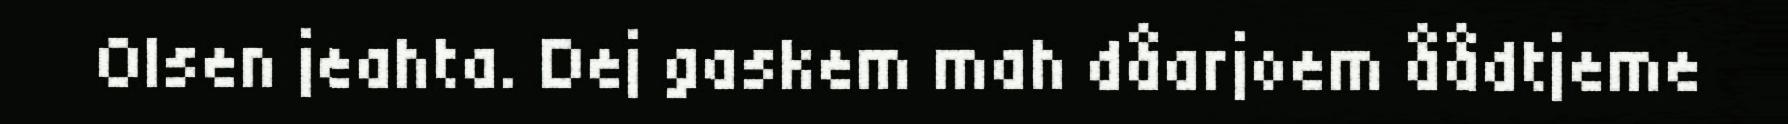
Olsen jeahta. Dej gaskem mah dåarjoem åådtjeme